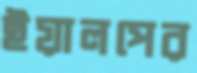
ইয়ালপের